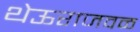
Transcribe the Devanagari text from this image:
थेऊराजवळ